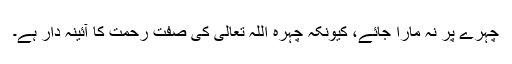
چہرے پر نہ مارا جائے، کیونکہ چہرہ اللہ تعالیٰ کی صفت رحمت کا آئینہ دار ہے۔